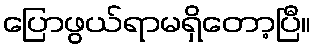
ပြောဖွယ်ရာမရှိတော့ပြီ။